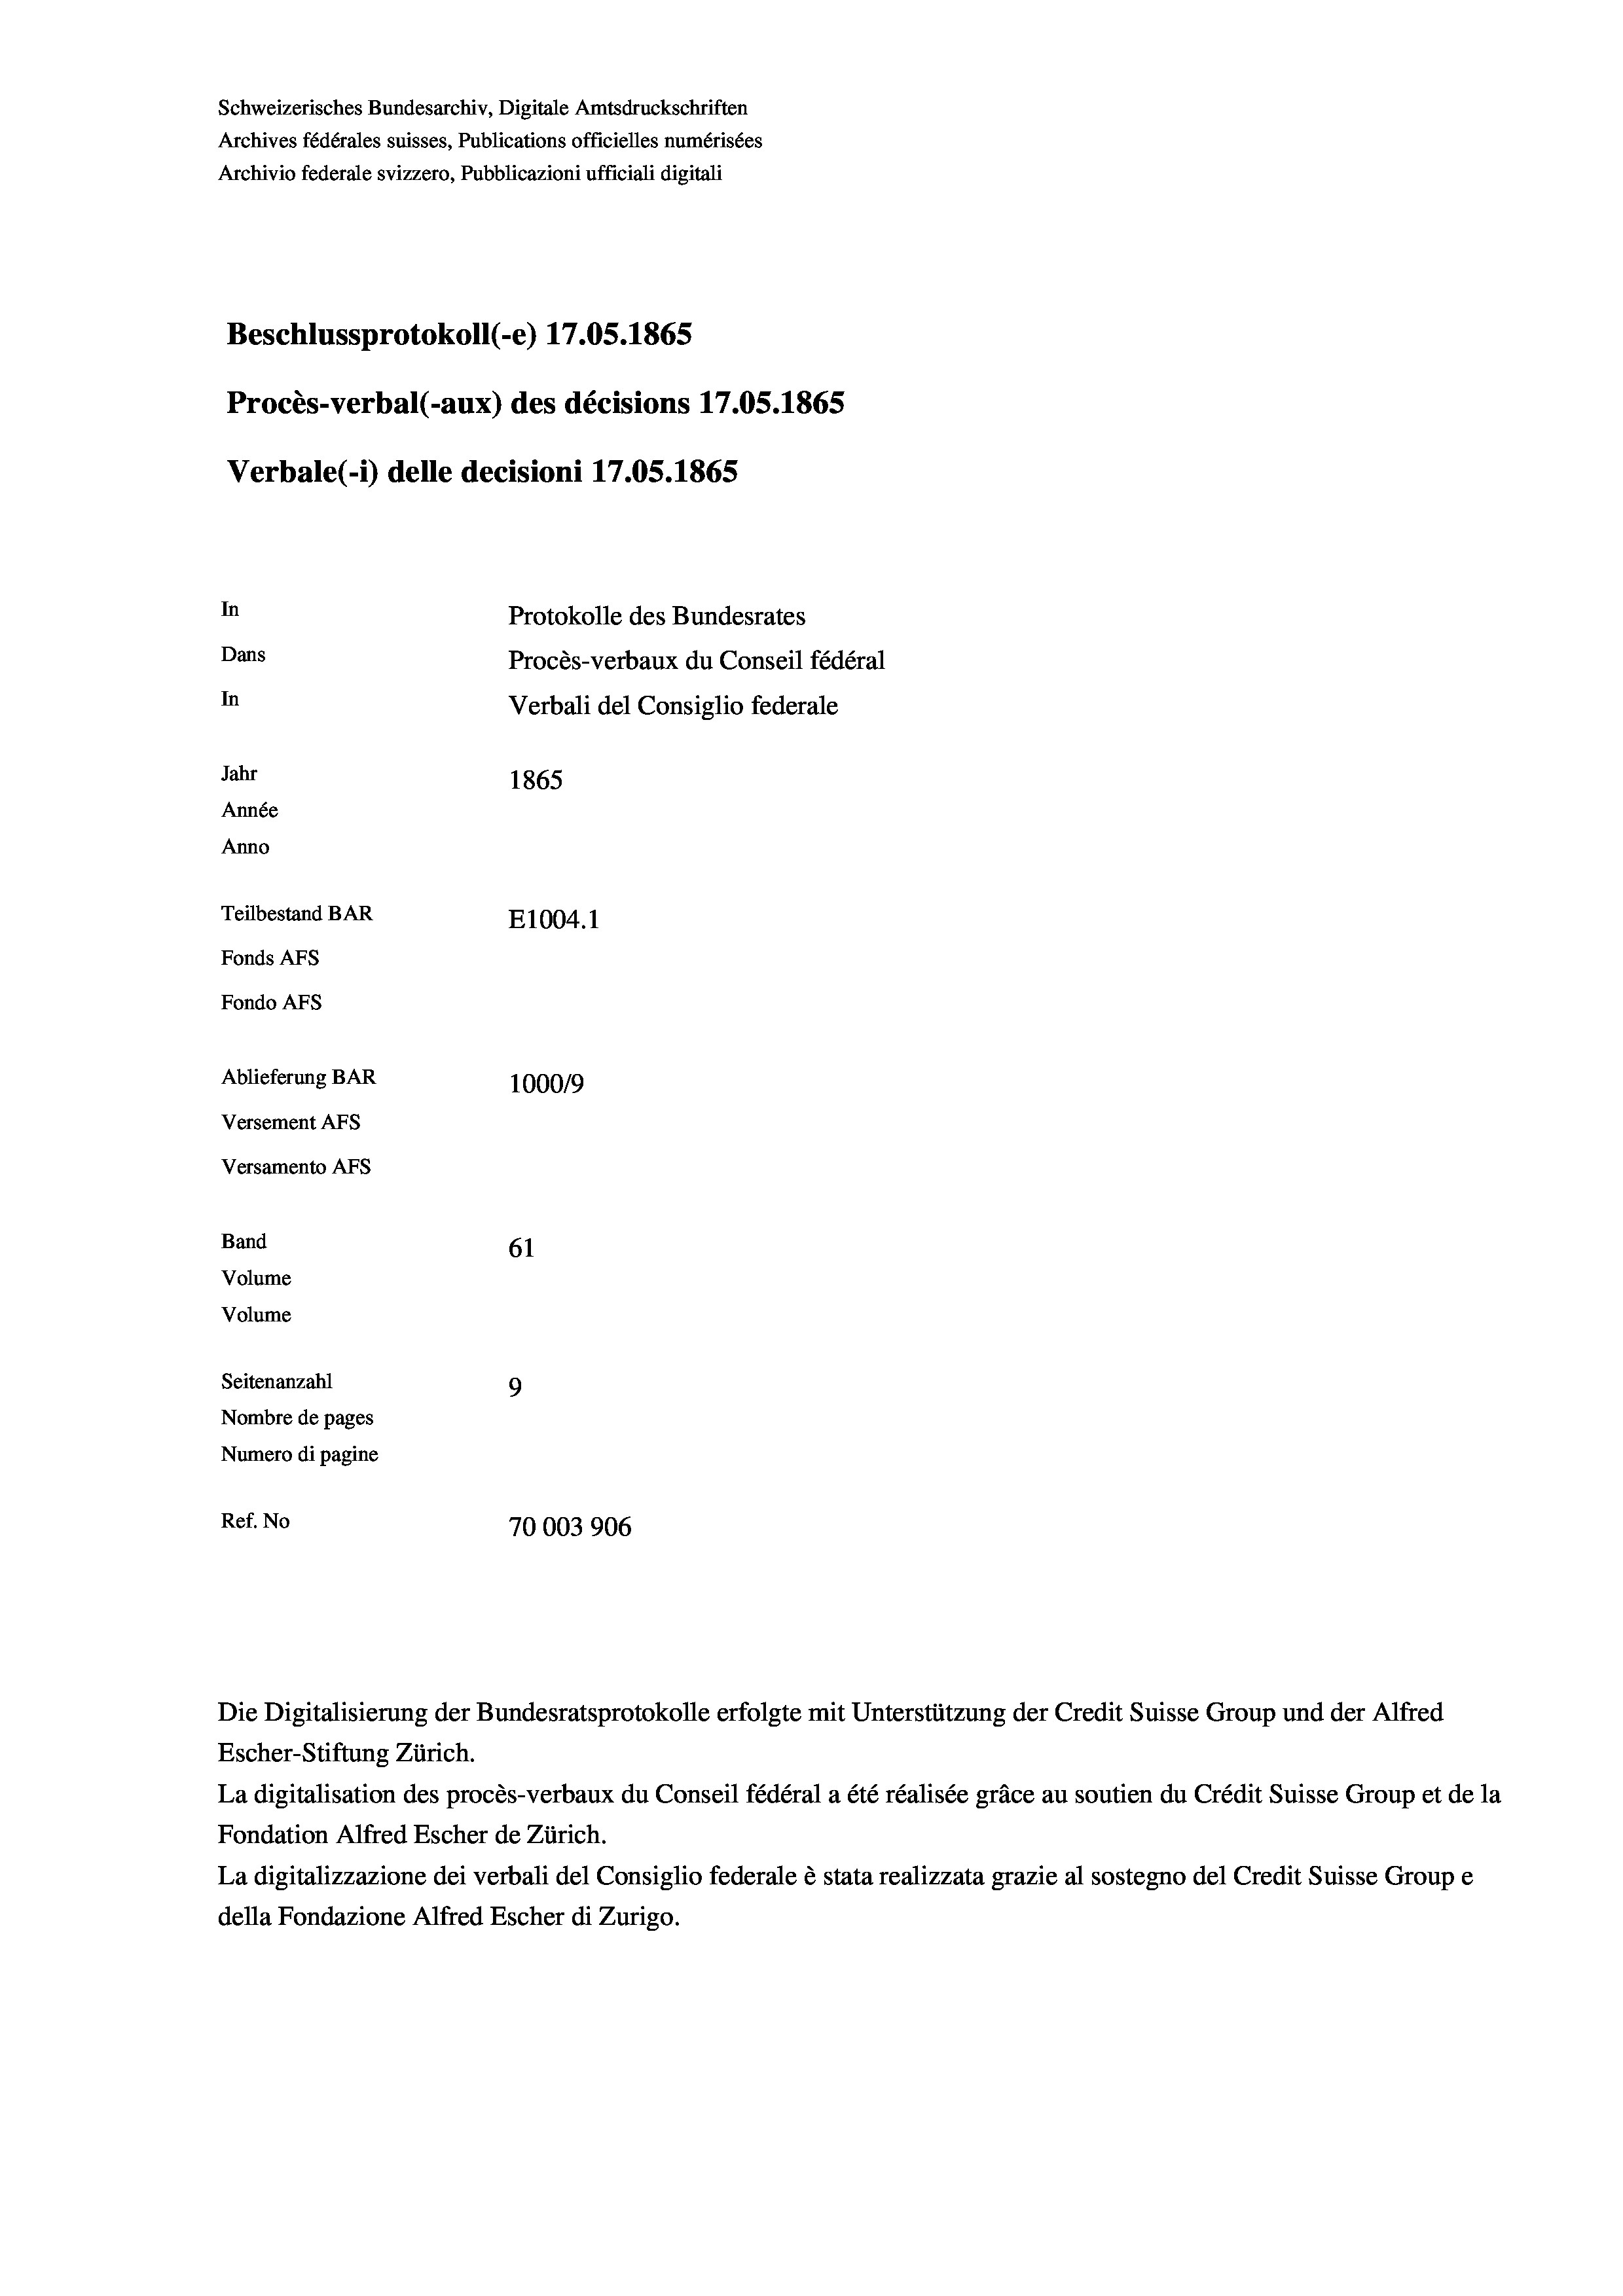
Schweizerisches Bundesarchiv, Digitale Amtsdruckschriften
Archives fédérales suisses, Publications officielles numérisées
Archivio federale svizzero, Pubblicazioni ufficiali digitali
Beschlussprotokoll (e) 17.05. 1865
Procès-verbal (-aux) des décisions 17.05. 1865
Verbale (- 1) delle decisioni 17.05. 1865
In
Protokolle des Bundesrates
Dans
In
Jahr
1865
Année
Anno
Teilbestand BAR
E1004.1
Fonds AFs
Fondo AFS
Ablieferung BAR
100019
Versement Abs
Versamento Afs
Band
61
Volume
Volume

Seitenanzahl
9
Nombre de pages
Numero di pagine
Ref. No
70003906

Procès-verbaux du Conseil fédéral
Verbali del Consiglio federale

Escher-Stiftung Zürich.
La digitalisation des procès-verbaux du Conseil fédéral a été réalisée gräce au soutien du Crédit Suisse Group et de la
Fondation Alfred Escher de Zürich.
La digitalizzazione dei verbali del Consiglio federale è stata realizzata grazie al sostegno del Credit Suisse Groupe
della Fondazione Alfred Escher di Zurigo.

Die Digitalisierung der Bundesratsprotokolle erfolgte mit Unterstützung der Credit Suisse Group und der Alfred